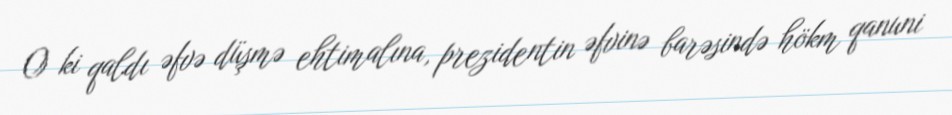
O ki qaldı əfvə düşmə ehtimalına, prezidentin əfvinə barəsində hökm qanuni